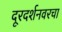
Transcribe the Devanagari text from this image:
दूरदर्शनवरचा